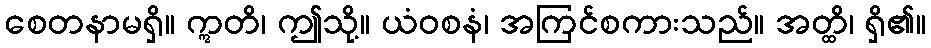
စေတနာမရှိ။ ဣတိ၊ ဤသို့။ ယံဝစနံ၊ အကြင်စကားသည်။ အတ္ထိ၊ ရှိ၏။